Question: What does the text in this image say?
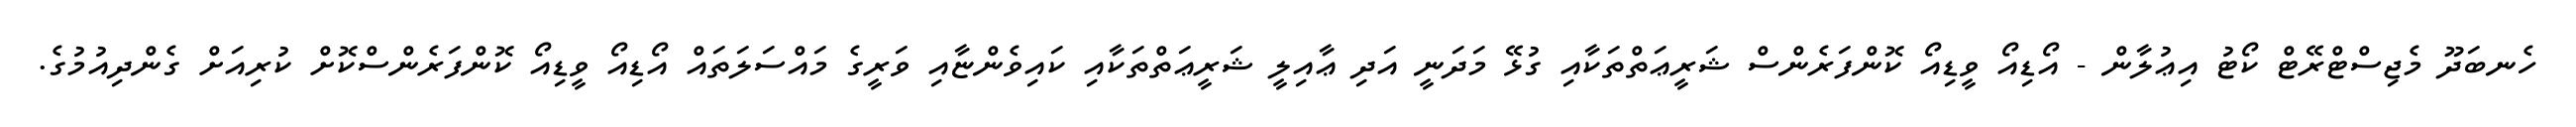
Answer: ހެނބަދޫ މެޖިސްޓްރޭޓް ކޯޓު އިޢުލާން - އޯޑިއޯ ވީޑިއޯ ކޮންފަރެންސް ޝަރީޢަތްތަކާއި ގުޅޭ މަދަނީ އަދި ޢާއިލީ ޝަރީޢަތްތަކާއި ކައިވެންޏާއި ވަރީގެ މައްސަލަތައް އޯޑިއޯ ވީޑިއޯ ކޮންފަރެންސްކޮށް ކުރިއަށް ގެންދިއުމުގެ.